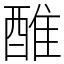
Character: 醀